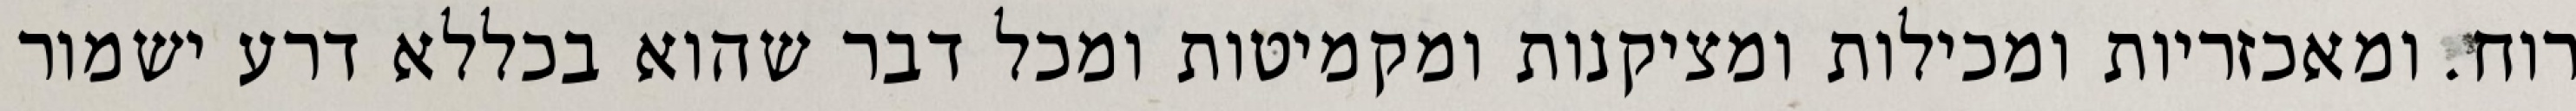
רוח. ומאכזריות ומכילות ומציקנות ומקמיטות ומכל דבר שהוא בכללא דרע ישמור